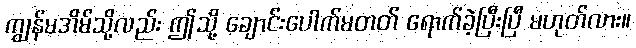
ကျွန်မအိမ်သို့လည်း ဤသို့ ချောင်းပေါက်မတတ် ရောက်ခဲ့ပြီးပြီ မဟုတ်လား။